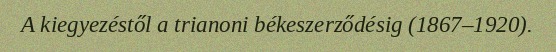
A kiegyezéstől a trianoni békeszerződésig (1867–1920).